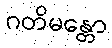
ဂတိမန္တော